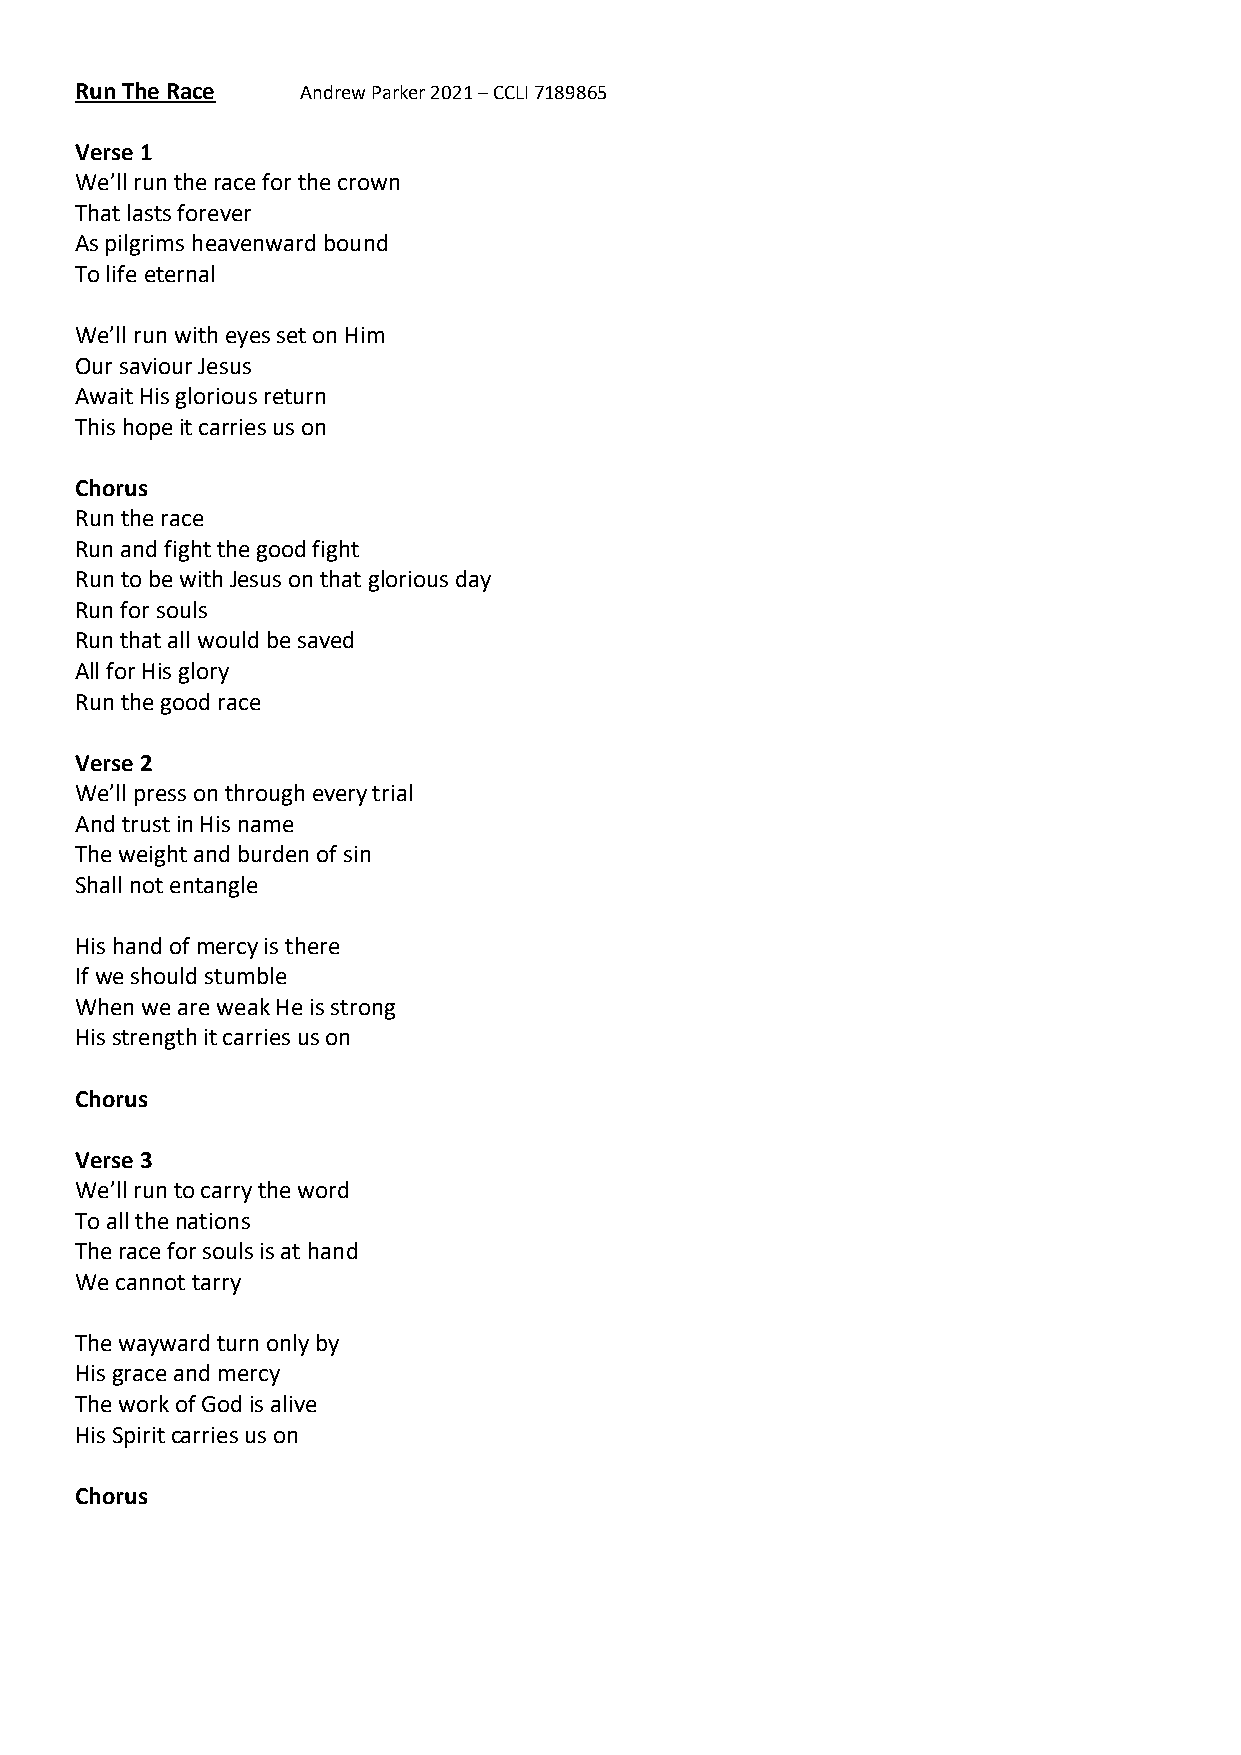
Run The Race   Andrew Parker 2021 – CCLI 7189865
 Verse 1
 We’ll run the race for the crown
 That lasts forever
 As pilgrims heavenward bound
 To life eternal
 We’ll run with eyes set on Him
 Our saviour Jesus
 Await His glorious return
 This hope it carries us on
 Chorus
 Run the race
 Run and fight the good fight
 Run to be with Jesus on that glorious day
 Run for souls
 Run that all would be saved
 All for His glory
 Run the good race
 Verse 2
 We’ll press on through every trial
 And trust in His name
 The weight and burden of sin
 Shall not entangle
 His hand of mercy is there
 If we should stumble
 When we are weak He is strong
 His strength it carries us on
 Chorus
 Verse 3
 We’ll run to carry the word
 To all the nations
 The race for souls is at hand
 We cannot tarry
 The wayward turn only by
 His grace and mercy
 The work of God is alive
 His Spirit carries us on
 Chorus